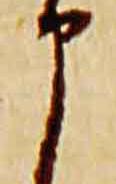
申